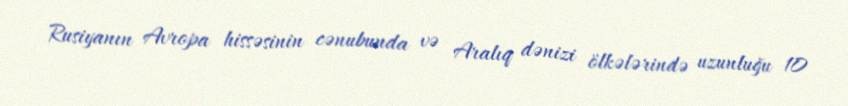
Rusiyanın Avropa hissəsinin cənubunda və Aralıq dənizi ölkələrində uzunluğu 10